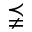
\precneqq